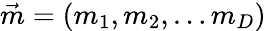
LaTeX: \vec{m}=(m_{1},m_{2},\dots m_{D})